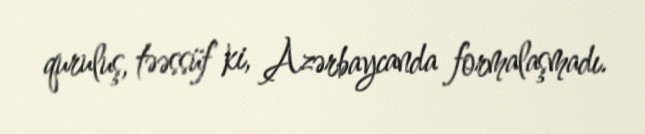
quruluş, təəssüf ki, Azərbaycanda formalaşmadı.